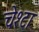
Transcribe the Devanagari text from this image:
चेश्टा